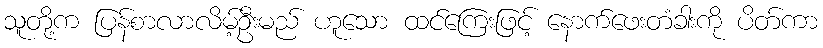
သူတို့က ပြန်စာလာလိမ့်ဦးမည် ဟူသော ထင်ကြေးဖြင့် နောက်ဖေးတံခါးကို ပိတ်ကာ